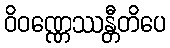
ဝိဝဏ္ဏေဿန္တီတိပေ